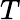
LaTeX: {\mathbf{}}T